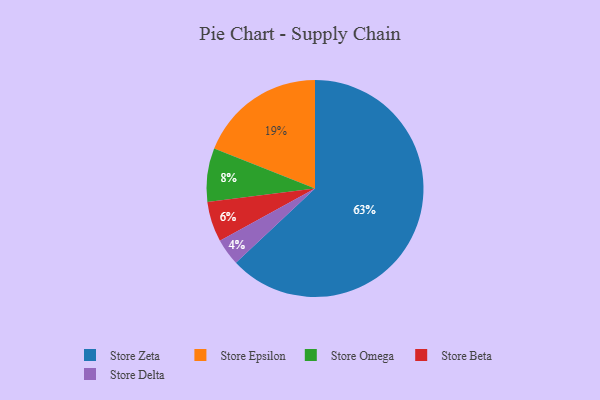
{"axis": {"x": "Category", "y": "Percentage"}, "legend": ["Store Beta", "Store Delta", "Store Epsilon", "Store Omega", "Store Zeta"], "data": [{"x": "Store Epsilon", "y": 19, "type": "Store Epsilon"}, {"x": "Store Beta", "y": 6, "type": "Store Beta"}, {"x": "Store Zeta", "y": 63, "type": "Store Zeta"}, {"x": "Store Delta", "y": 4, "type": "Store Delta"}, {"x": "Store Omega", "y": 8, "type": "Store Omega"}]}